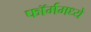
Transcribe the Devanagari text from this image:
फॉर्ममध्‍ये